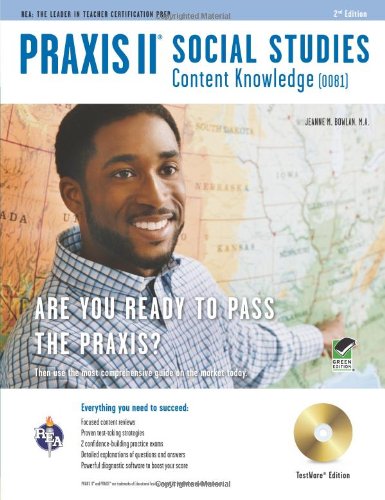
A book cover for Praxis II Social Studies Content Knowledge (0081) w/CD-ROM (PRAXIS Teacher Certification Test Prep); Jeanne  M. Bowlan MA; Test Preparation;